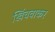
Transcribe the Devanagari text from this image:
खिंचवाकर